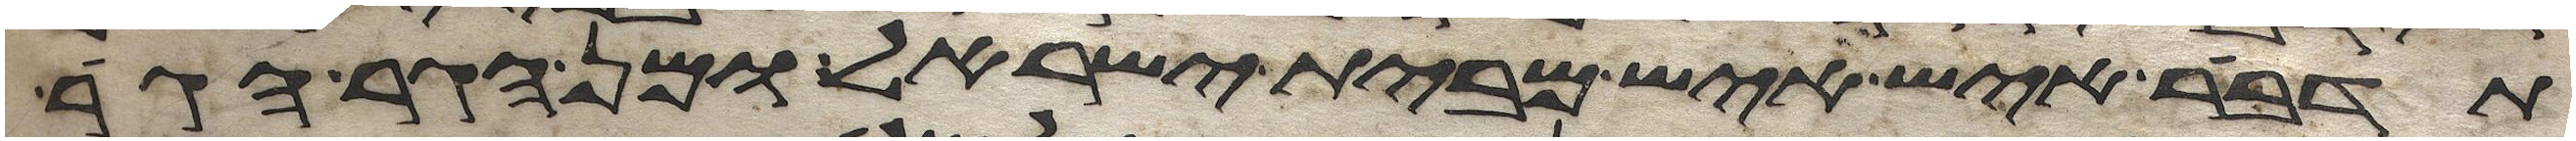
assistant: תדבר איש איש מבית ישראל ומן הגר הגר